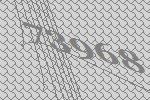
73968